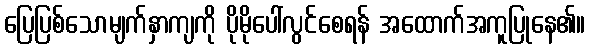
ပြေပြစ်သောမျက်နှာကျကို ပိုမိုပေါ်လွင်စေရန် အထောက်အကူပြုနေ၏။